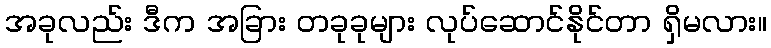
အခုလည်း ဒီက အခြား တခုခုများ လုပ်ဆောင်နိုင်တာ ရှိမလား။